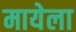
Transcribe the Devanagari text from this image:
मायेला